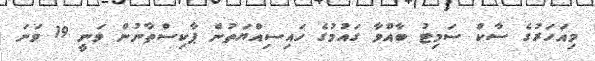
މިއަހަރުގެ ސާކް ސަމިޓު ބާއްވާ ގައުމުގެ ހައިސިއްޔަތުން ޕާކިސްތާނުން ވަނީ 19 ވަނަ